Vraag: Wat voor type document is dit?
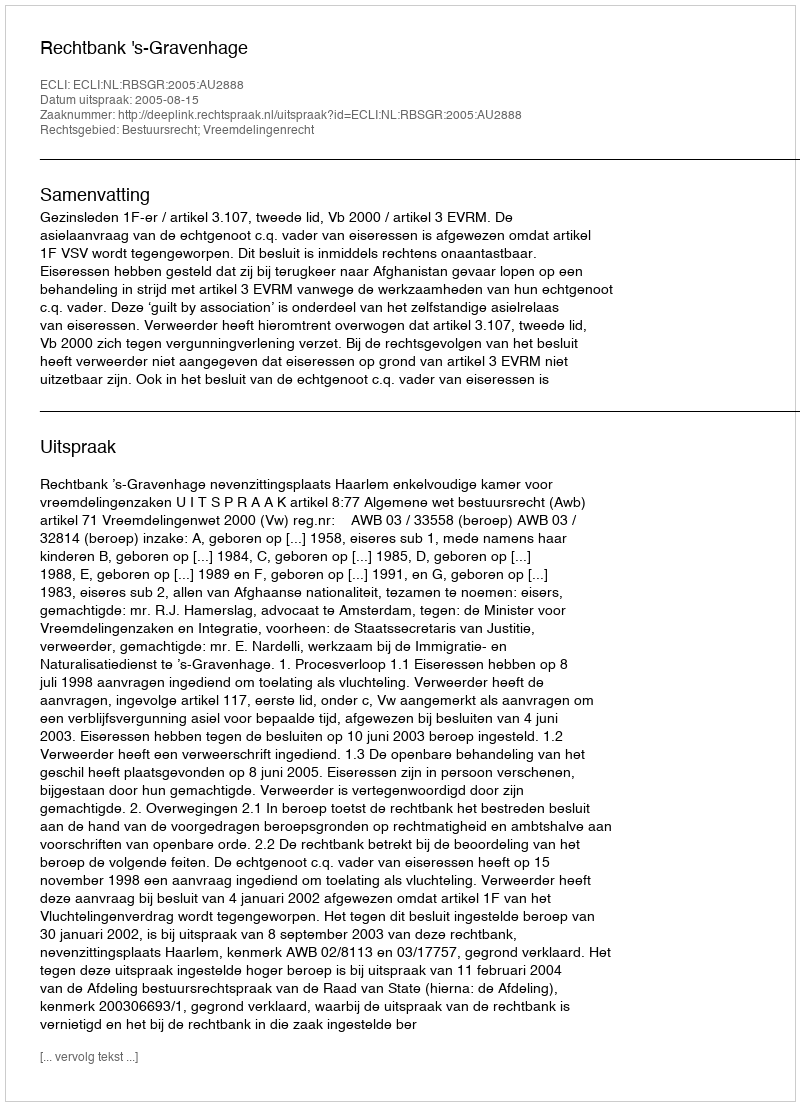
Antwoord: Uitspraak